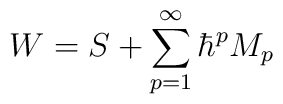
W=S+\sum\limits_{p=1}^\infty \hbar ^pM_p